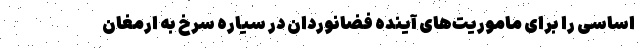
اساسی را برای ماموریت‌های آینده فضانوردان در سیاره سرخ به ارمغان